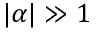
| \alpha | \gg 1